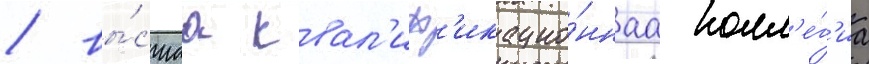
/ вы́сшаа квал'иф'икацио́ннаа колл'е́г'иа